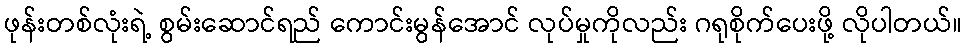
ဖုန်းတစ်လုံးရဲ့ စွမ်းဆောင်ရည် ကောင်းမွန်အောင် လုပ်မှုကိုလည်း ဂရုစိုက်ပေးဖို့ လိုပါတယ်။